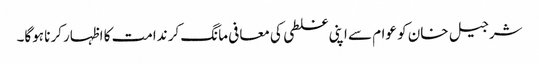
شرجیل خان کو عوام سے اپنی غلطی کی معافی مانگ کر ندامت کا اظہار کرنا ہوگا۔